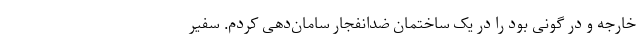
خارجه و در گونی بود را در یک ساختمان ضدانفجار سامان‌دهی کردم. سفیر